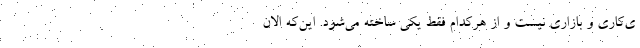
ی‌کاری و بازاری نیست و از هرکدام فقط یکی ساخته می‌شود. این‌که الان